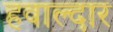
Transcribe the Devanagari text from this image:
हवाल्दार